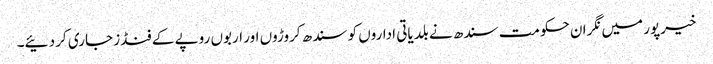
خیرپور میں نگران حکومت سندھ نے بلدیاتی اداروں کو سندھ کروڑوں اور اربوں روپے کے فنڈز جاری کر دئیے۔